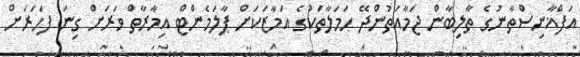
އަފްޣާނިސްތާނުގެ ތާލިބާން ޖަމާއަތުންދޭ ހަމަލާތަކުގެ އަމާޒަކަށް ޕާލަމެންޓް އިމާރާތް ވަރަށް ގިނަ ފަހަރަށް